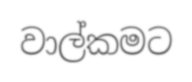
වාල්කමට